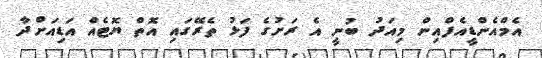
އެމްއެންޑީއެފްއިން މިއަދު ބުނީ އެ ރަށުގެ ފަޅު ތެރޭގައި އޮތް ޔޮޓެއް އަޑިއަށްދާ